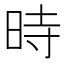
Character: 時